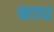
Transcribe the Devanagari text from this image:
काध